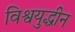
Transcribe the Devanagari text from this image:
विश्वयुद्धीन